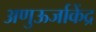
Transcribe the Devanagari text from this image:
अणुऊर्जाकेंद्र